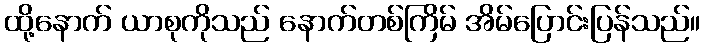
ထို့နောက် ယာစုကိုသည် နောက်တစ်ကြိမ် အိမ်ပြောင်းပြန်သည်။